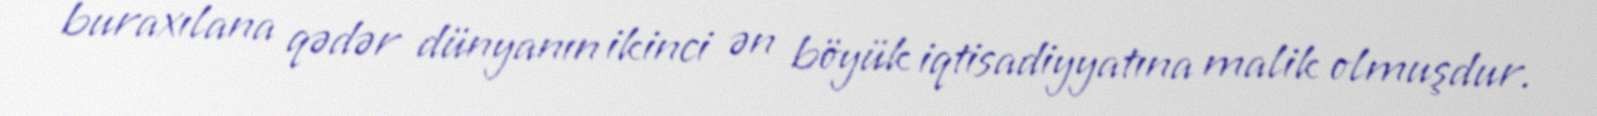
buraxılana qədər dünyanın ikinci ən böyük iqtisadiyyatına malik olmuşdur.